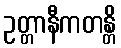
ဥတ္တာနီကတန္တိ